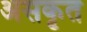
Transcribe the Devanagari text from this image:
असकृत